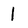
Character: l